Vaccination report Assam 1896-1927 - 1896-1927
Year: 1896
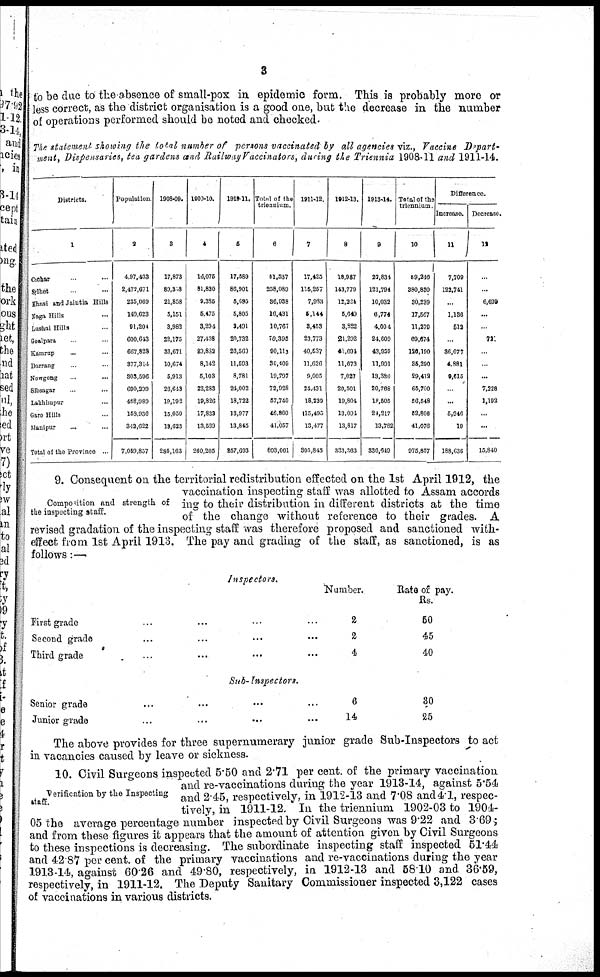
3
to be due to the absence of small-pox in epidemic form. This is probably more or
less correct, as the district organisation is a good one, but the decrease in the number
of operations performed should be noted and checked.
The statement showing the total number of persons vaccinated by all agencies viz., Vaccine Depart-
ment, Dispensaries, tea gardens and Railway Vaccinators, during the Triennia 1908-11 and 1911-14.
Districts.
1
Cachor ...
Silhet ...
Khasi and Jamtia Hills
Naga Hills ...
Lushai Hills ...
Goalpara ...
Kamrup ... ...
Darrang ...
Nowgong ... ...
Sibsagar ... ...
Lakhimpur ...
Garo Hills ...
Manipur ... ...
Total of the Province ...
Population
2
4,97,463
2,472,671
235,069
149,623
91,204
600,643
667,828
877,314
303,596
690,209
468,989
158,936
342,622
7,059,857
1908-09.
3
17,873
89,378
21,858
5,151
3,982
22,175
33,671
10,674
5,913
26,643
19,192
15,050
13,623
285,163
1900-10.
4
16,075
81,830
9,386
5,475
3,294
27,438
20,882
8,142
5,103
22,283
19,826
17,833
13,589
260,205
1919-11.
5
17,589
86,901
5,695
5,805
3,494
20,732
26,560
11,593
8,781
24,002
18,722
13,977
13,845
257,693
Total of the
triennium.
6
51,537
258,089
36,938
16,431
10,767
70,395
90,112
30,409
19,797
72,928
57,740
46,860
41,057
803,061
1911-12.
7
17,425
115,257
7,983
5,144
3,408
23,773
40,537
11,626
9,005
24,491
18,239
115,495
13,477
305,845
1912-13.
8
18,987
143,779
12,224
5,649
3,822
21,292
41,694
11,673
7,027
20,501
19,804
13,094
13,817
333,363
1913-14.
9
22,834
121,794
10,032
6,774
4,004
24,609
43,959
11,991
13,380
20,768
19,505
24,217
13,782
336,649
Total of the
triennium.
10
59,240
380,830
30,239
17,567
11,279
69,674
126,190
35,290
29,412
65,700
56,548
52,806
41,076
975,857
Difference.
Increase.
11
7,709
122,741
...
1,136
512
...
36,077
4,881
9,615
...
...
5,946
19
188,636
Decrease
12
...
...
6,699
...
...
72
...
...
...
7,228
1,192
...
...
15,840
Composition and strength of
the inspecting staff.
9. Consequent on the territorial redistribution effected on the 1st April 1912, the
vaccination inspecting staff was allotted to Assam accords
ing to their distribution in different districts at the time
of the change without reference to their grades. A
revised gradation of the inspecting staff was therefore proposed and sanctioned with¬
effect from 1st April 1913. The pay and grading of the staff, as sanctioned, is as
follows:—.
Inspectors.
First grade
...
...
...
...
Second grade
... ... ... ...
Third grade
... ... ... ...
Number.
2
2
4
Rate of pay.
Rs.
60
45
40
Sub-Inspectors.
Senior grade
... ... ... ...
Junior grade
...
... ... ...
6
14
30
25
The above provides for three supernumerary junior grade Sub-Inspectors to act
in vacancies caused by leave or sickness.
Verification by the Inspecting
staff.
10. Civil Surgeons inspected 5.50 and 2.71 per cent. of the primary vaccination
and re-vaccinations during the year 1913-14, against 5.54
and 2.45, respectively, in 1912-13 and 7.08 and 4.1, respec-
tively, in 1911-12. In the triennium 1902-03 to 1904-
05 the average percentage number inspected by Civil Surgeons was 9.22 and 3.69;
and from these figures it appears that the amount of attention given by Civil Surgeons
to these inspections is decreasing. The subordinate inspecting staff inspected 51.44
and 42.87 per cent. of the primary vaccinations and re-vaccinations during the year
1913-14, against 60.26 and 49.80, respectively, in 1912-13 and 58.10 and 36.59,
respectively, in 1911-12. The Deputy Sanitary Commissioner inspected 3,122 cases
of vaccinations in various districts.